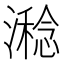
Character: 𣿇